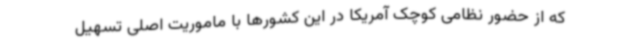
که از حضور نظامی کوچک آمریکا در این کشورها با ماموریت اصلی تسهیل